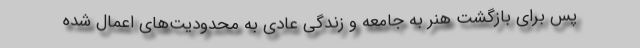
پس برای بازگشت هنر به جامعه و زندگی عادی به محدودیت‌های اعمال شده